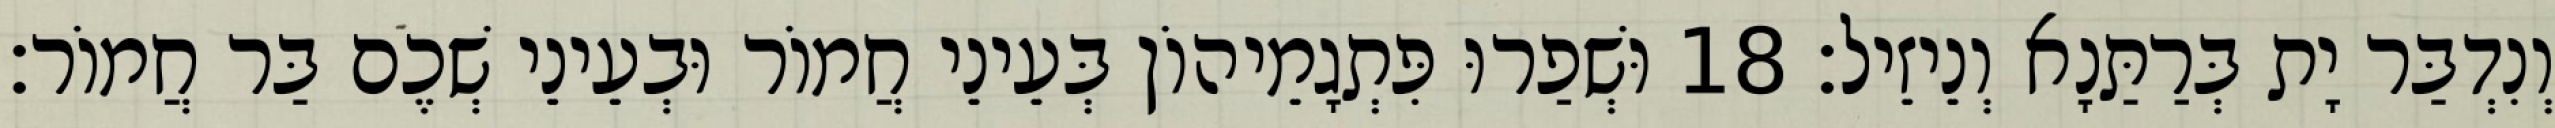
וְנִדְבַּר יָת בְּרַתַּנָא וְנֵיזֵיל׃ 18 וּשְׁפַרוּ פִּתְגָמֵיהוֹן בְּעֵינֵי חֲמוֹר וּבְעֵינֵי שְׁכֶם בַּר חֲמוֹר׃